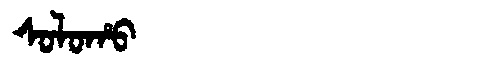
Manchu: ᠰᠣᠯᠣᡥᠣ
Romanization: SOLOHO